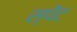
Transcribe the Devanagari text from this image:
स्पेंट